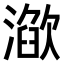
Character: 𣽌